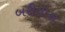
બરીતોસ